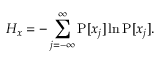
H _ { x } = - \sum _ { j = - \infty } ^ { \infty } \operatorname { P } [ x _ { j } ] \ln \operatorname { P } [ x _ { j } ] .